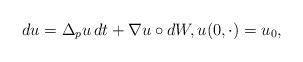
LaTeX: \begin{align*} d u = \Delta_p u \,d t + \nabla u \circ d W, u(0,\cdot) = u_0, \end{align*}